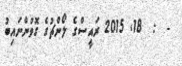
-  :  18